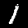
Digit: 1